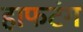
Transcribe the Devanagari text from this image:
हाफटंग